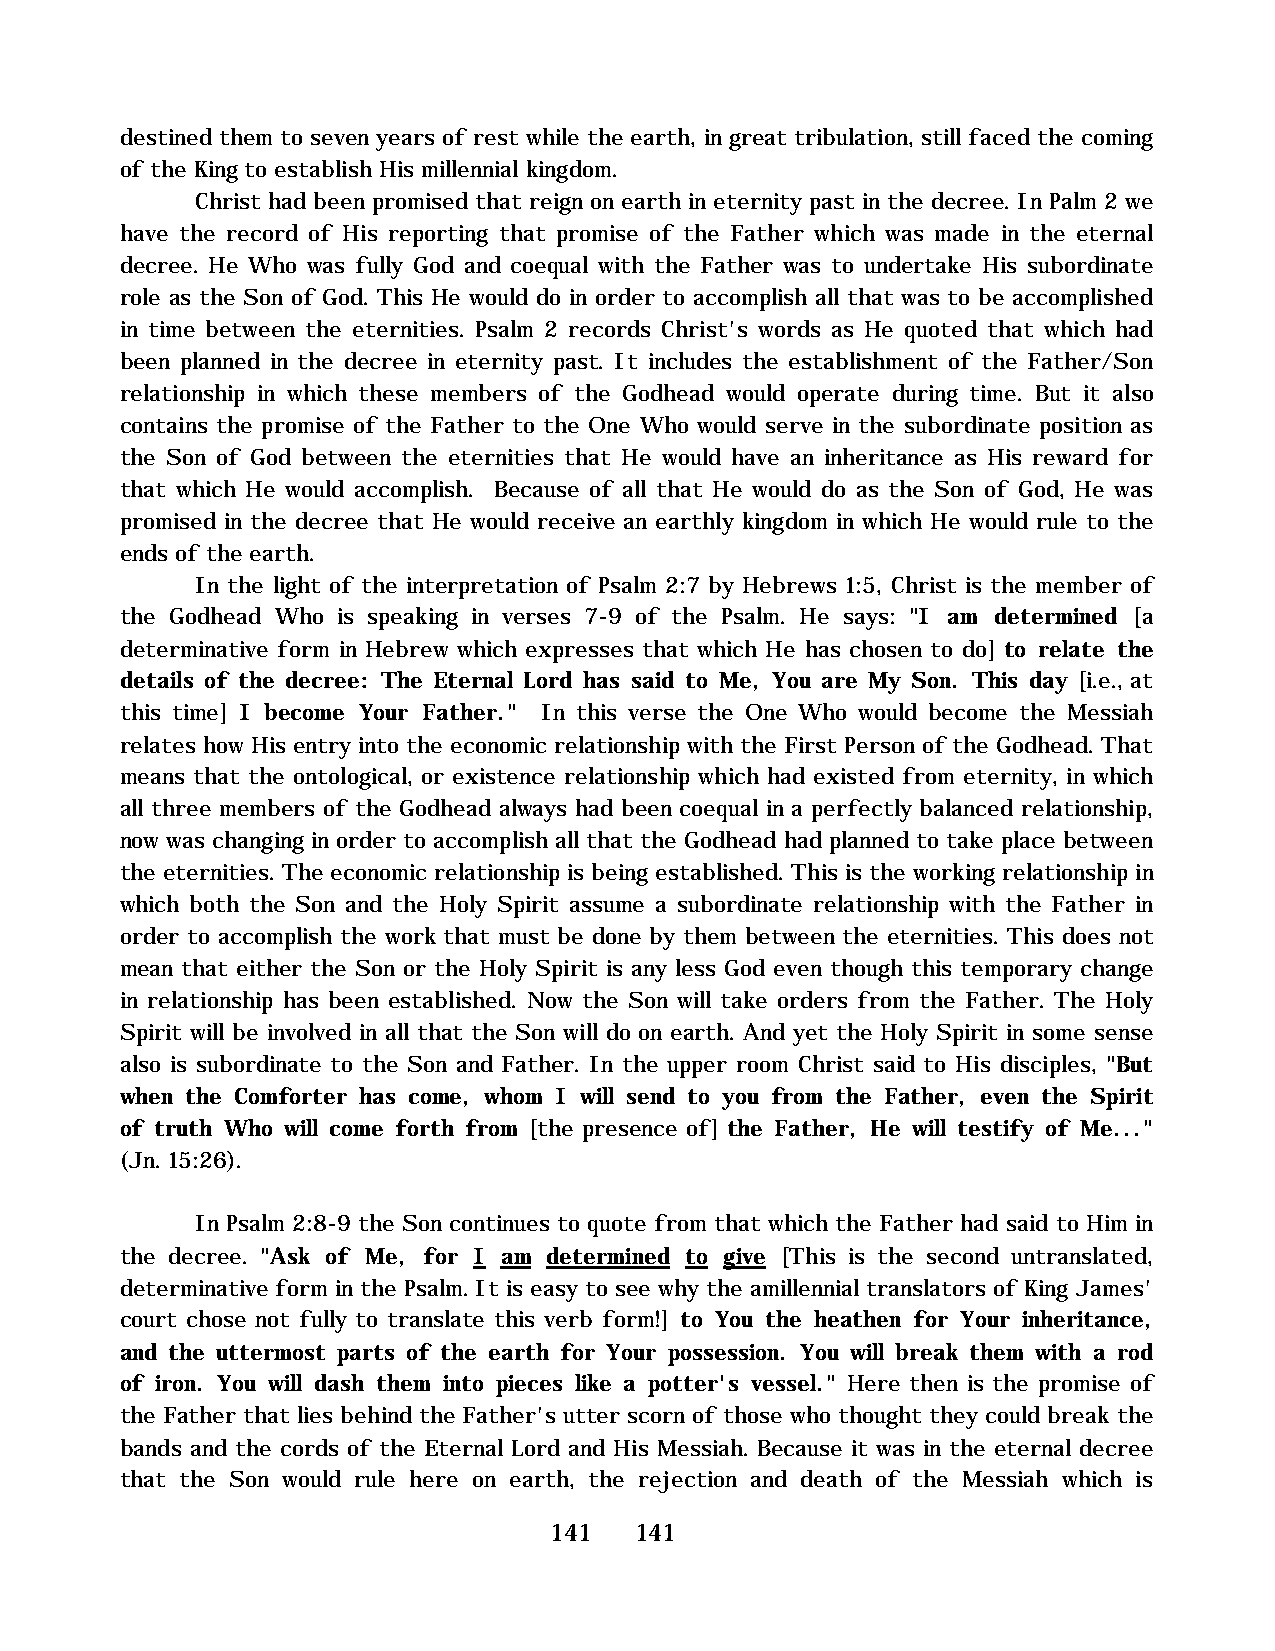
destined them to seven years of rest while the earth, in great tribulation, still faced the coming
 of the King to establish His millennial kingdom.
 Christ had been promised that reign on earth in eternity past in the decree. In Palm 2 we
 have the record of His reporting that promise of the Father which was made in the eternal
 decree. He Who was fully God and coequal with the Father was to undertake His subordinate
 role as the Son of God. This He would do in order to accomplish all that was to be accomplished
 in time between the eternities. Psalm 2 records Christ's words as He quoted that which had
 been planned in the decree in eternity past. It includes the establishment of the Father/Son
 relationship in which these members of the Godhead would operate during time. But it also
 contains the promise of the Father to the One Who would serve in the subordinate position as
 the Son of God between the eternities that He would have an inheritance as His reward for
 that which He would accomplish. Because of all that He would do as the Son of God, He was
 promised in the decree that He would receive an earthly kingdom in which He would rule to the
 ends of the earth.
 In the light of the interpretation of Psalm 2:7 by Hebrews 1:5, Christ is the member of
 the Godhead Who is speaking in verses 7-9 of the Psalm. He says: "I am determined [a
 determinative form in Hebrew which expresses that which He has chosen to do] to relate the
 details of the decree: The Eternal Lord has said to Me, You are My Son. This day [i.e., at
 this time] I become Your Father." In this verse the One Who would become the Messiah
 relates how His entry into the economic relationship with the First Person of the Godhead. That
 means that the ontological, or existence relationship which had existed from eternity, in which
 all three members of the Godhead always had been coequal in a perfectly balanced relationship,
 now was changing in order to accomplish all that the Godhead had planned to take place between
 the eternities. The economic relationship is being established. This is the working relationship in
 which both the Son and the Holy Spirit assume a subordinate relationship with the Father in
 order to accomplish the work that must be done by them between the eternities. This does not
 mean that either the Son or the Holy Spirit is any less God even though this temporary change
 in relationship has been established. Now the Son will take orders from the Father. The Holy
 Spirit will be involved in all that the Son will do on earth. And yet the Holy Spirit in some sense
 also is subordinate to the Son and Father. In the upper room Christ said to His disciples, "But
 when the Comforter has come, whom I will send to you from the Father, even the Spirit
 of truth Who will come forth from [the presence of] the Father, He will testify of Me..."
 (Jn. 15:26).
 In Psalm 2:8-9 the Son continues to quote from that which the Father had said to Him in
 the decree. "Ask of Me, for I am determined to give [This is the second untranslated,
 determinative form in the Psalm. It is easy to see why the amillennial translators of King James'
 court chose not fully to translate this verb form!] to You the heathen for Your inheritance,
 and the uttermost parts of the earth for Your possession. You will break them with a rod
 of iron. You will dash them into pieces like a potter's vessel." Here then is the promise of
 the Father that lies behind the Father's utter scorn of those who thought they could break the
 bands and the cords of the Eternal Lord and His Messiah. Because it was in the eternal decree
 that the Son would rule here on earth, the rejection and death of the Messiah which is
 141   141